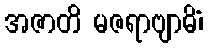
အဇာတိ မဇရာဗျာဓိံ၊